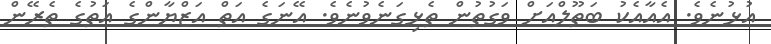
އުޅުނެވެ. އެއާއެކު ބަތޫލްއަށް ވަގުތުން ތެޅިގަނެވުނެވެ. އޭނަގެ އަތް އަޒްޔާންގެ އަތުގެ ތެރޭން